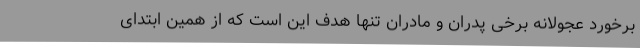
برخورد عجولانه برخی پدران و مادران تنها هدف این است که از همین ابتدای